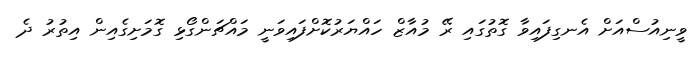
ވީނިއުސްއަށް އެނގިފައިވާ ގޮތުގައި ރޭ މުއާޒް ހައްޔަރުކޮށްފައިވަނީ މައްޗަންގޯޅި ގޮމަށިގެއިން އިތުރު ދެ